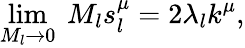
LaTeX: \operatorname*{lim}_{M_{l}\to 0}~M_{l}s_{l}^{\mu}=2\lambda_{l}k^{\mu},